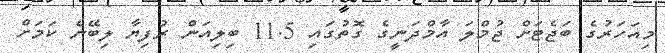
މިއަހަރުގެ ބަޖެޓަށް ޖުމްލަ އާމްދަނީގެ ގޮތުގައި 11.5 ބިލިއަން ރުފިޔާ ލިބޭނެ ކަމަށް